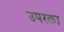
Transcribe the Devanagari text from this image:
उपरका